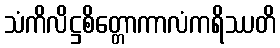
သံကိလိဋ္ဌစိတ္တောကာလံကရိဿတိ